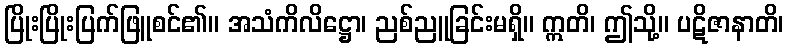
ပြိုးပြိုးပြက်ဖြူစင်၏။ အသံကိလိဋ္ဌော၊ ညစ်ညူခြင်းမရှိ။ ဣတိ၊ ဤသို့။ ပဋိဇာနာတိ၊